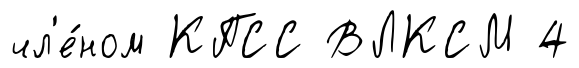
чл'е́ном КПСС ВЛКСМ 4